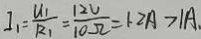
I _ { 1 } = \frac { u _ { 1 } } { R _ { 1 } } = \frac { 1 2 V } { 1 0 \Omega } = 1 . 2 A > 1 A .